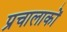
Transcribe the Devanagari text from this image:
प्रचालाकों